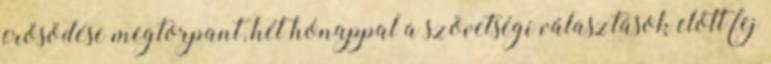
erősödése megtorpant, hét hónappal a szövetségi választások előtt fej